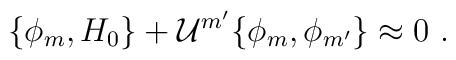
\{\phi_m,H_0\}+{\cal U}^{m'}\{\phi_m,\phi_{m'}\}\approx 0\ .